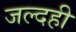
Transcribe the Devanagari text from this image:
जल्दही